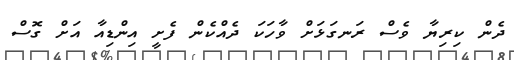
ދެން ކިރިޔާ ވެސް ރަނގަޅަށް ވާހަކަ ދެއްކެން ފެށީ އިންޑިއާ އަށް ގޮސް